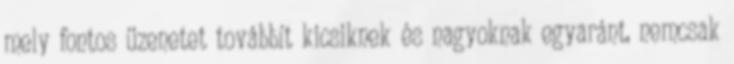
mely fontos üzenetet továbbít kicsiknek és nagyoknak egyaránt, nemcsak